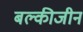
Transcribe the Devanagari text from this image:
बल्कीजीन